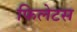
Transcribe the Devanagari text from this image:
फिलेटस